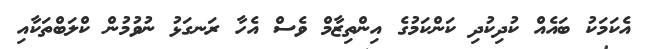
އެކަމަކު ބައެއް ކުދިކުދި ކަންކަމުގެ އިންތިޒާމް ވެސް އެހާ ރަނގަޅު ނުވުމުން ކްލަބްތަކާއި